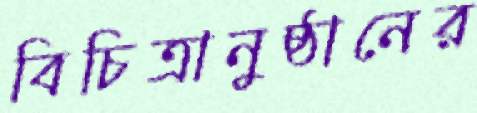
বিচিত্রানুষ্ঠানের